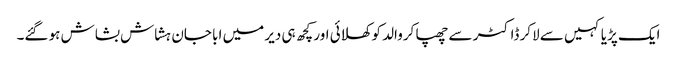
ایک پڑیا کہیں سے لاکر ڈاکٹر سے چھپا کروالد کو کھلائی اور کچھ ہی دیر میں ابا جان ہشاش بشاش ہو گئے۔